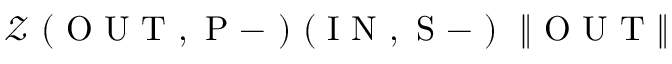
\mathcal { Z } \mathrm { ~ ( ~ O ~ U ~ T ~ , ~ P ~ - ~ ) ~ ( ~ I ~ N ~ , ~ S ~ - ~ ) ~ } \; \| \mathrm { ~ O ~ U ~ T ~ } \|